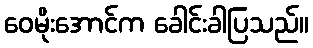
ဝေမိုးအောင်က ခေါင်းခါပြသည်။